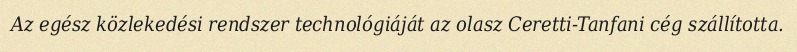
Az egész közlekedési rendszer technológiáját az olasz Ceretti-Tanfani cég szállította.